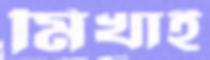
মিখাই